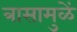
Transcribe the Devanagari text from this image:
त्रासामुळें